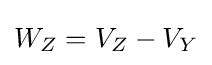
W_{Z}=V_{Z}-V_{Y}